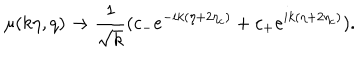
\mu ( k \eta , q ) \rightarrow \frac { 1 } { \sqrt { k } } ( c _ { - } e ^ { - i k ( \eta + 2 \eta _ { c } ) } + c _ { + } e ^ { i k ( \eta + 2 \eta _ { c } ) } ) .